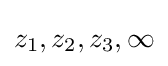
z_{1},z_{2},z_{3},\infty